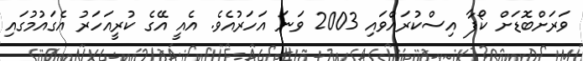
ވަރަށްބޮޑަށް ކޯފާ އިސްކުރައްވައި 2003 ވަނަ އަހަރުއެވެ. އެއީ އޭގެ ކުރީއަހަރު އެގައުމުގައި